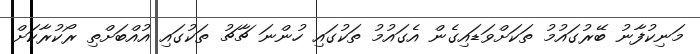
މަނިކުފާނު ބޭރުގައުމު ތަކަށްވަޑައިގެން އެގައުމު ތަކުގައި ހުންނަ ޗާޗު ތަކުގައި އުއްބަށްތި ރޯކުރާކަށް